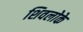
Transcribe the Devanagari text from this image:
शिवलोके